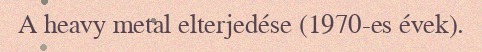
A heavy metal elterjedése (1970-es évek).